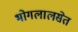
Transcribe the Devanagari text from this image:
भोगलालसेत